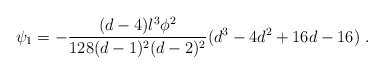
\begin{align*}\psi_1 = - \frac{(d-4)l^3\phi^2}{128(d-1)^2(d-2)^2}(d^3-4d^2+16d-16)~.\end{align*}